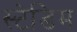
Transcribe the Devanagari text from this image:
स्टेडिम